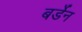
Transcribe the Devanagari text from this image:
बर्डेन